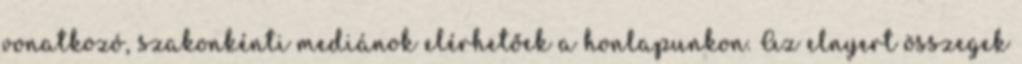
vonatkozó, szakonkénti mediánok elérhetőek a honlapunkon. Az elnyert összegek